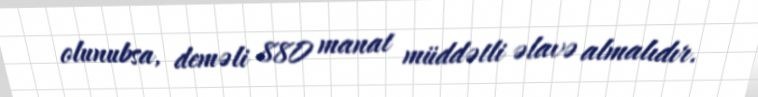
olunubsa, deməli 880 manat müddətli əlavə almalıdır.